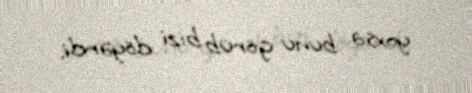
yoxsa bunu görüb bizi döyərdi.